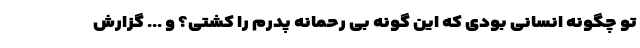
تو چگونه انسانی بودی که این گونه بی رحمانه پدرم را کشتی؟ و ... گزارش